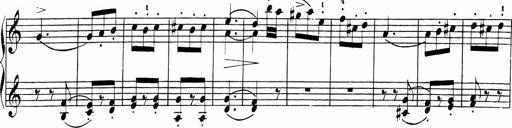
Title: Sonatinas
Composer: Andrew Violette